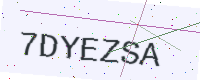
Text: 7DYEZSA